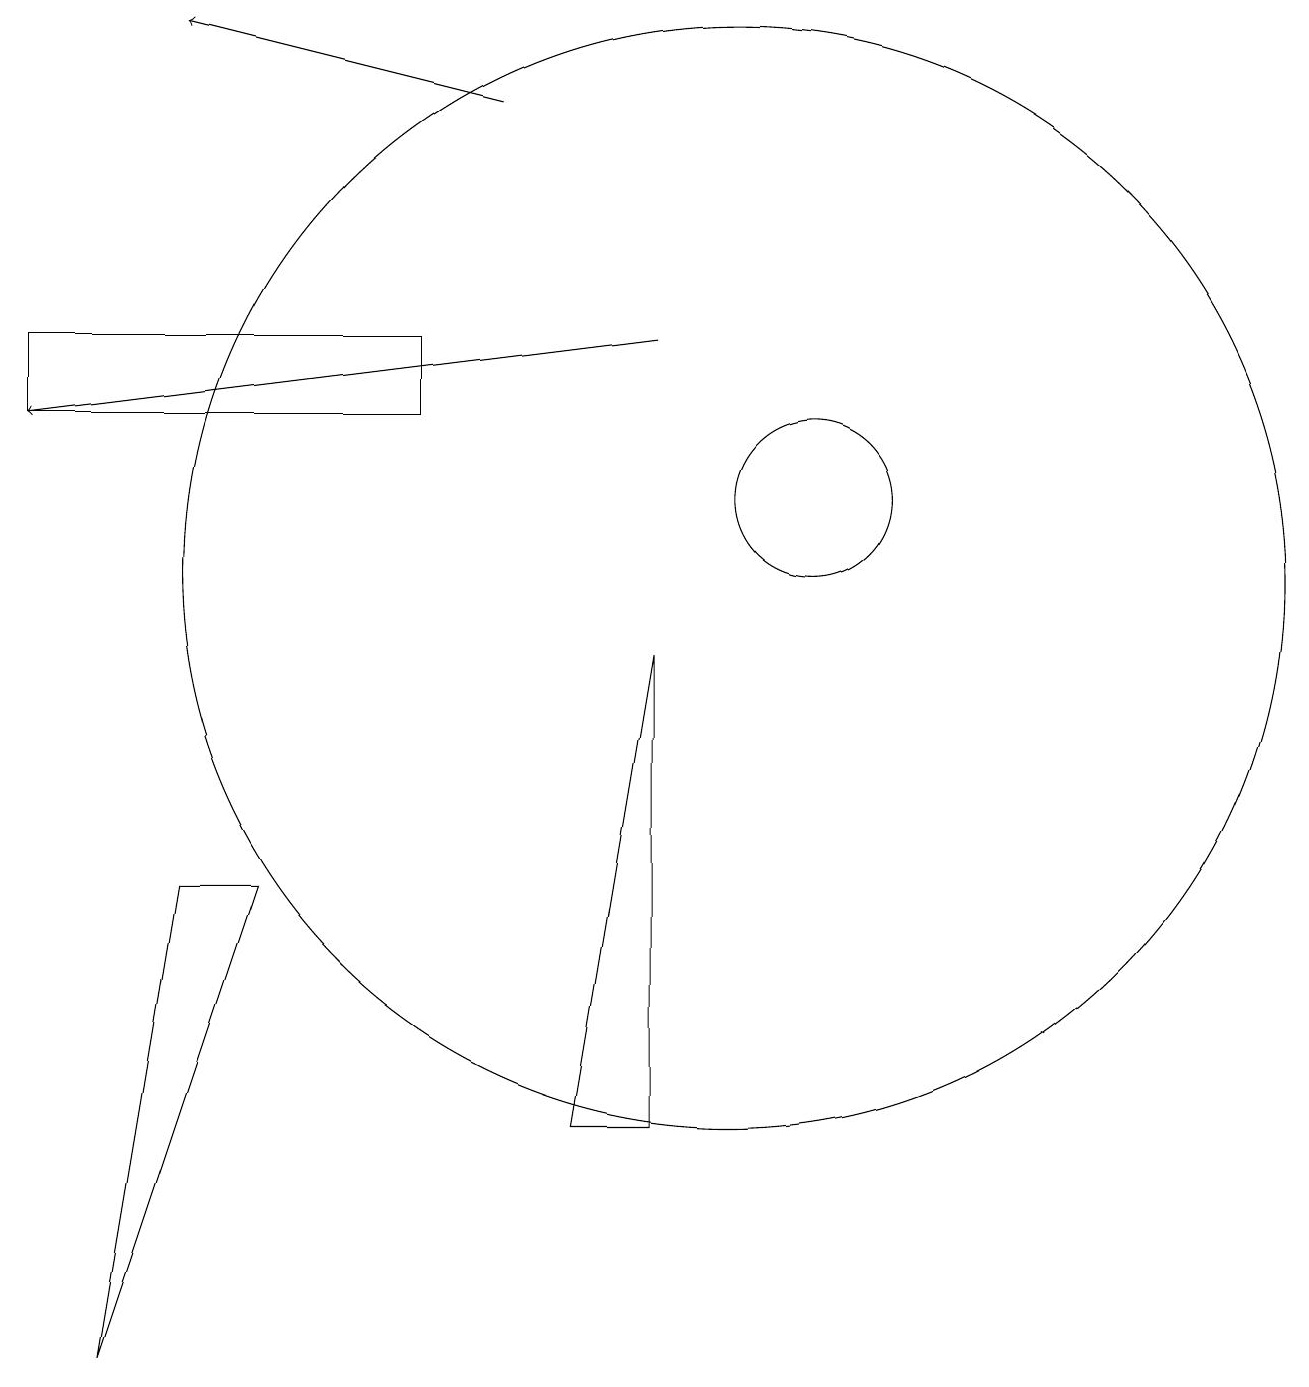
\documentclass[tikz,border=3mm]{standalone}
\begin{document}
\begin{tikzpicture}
\draw[->] (7,16) -- (3,17);
\draw (11,11) circle (1);
\draw (10,10) circle (7);
\draw (1,13) rectangle (6,12);
\draw (9,9) -- (9,3) -- (8,3) -- cycle;
\draw[->] (9,13) -- (1,12);
\draw (4,6) -- (2,0) -- (3,6) -- cycle;
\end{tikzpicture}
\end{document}